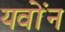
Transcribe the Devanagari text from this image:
यवोंन